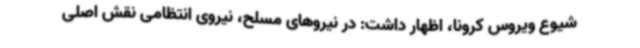
شیوع ویروس کرونا، اظهار داشت: در نیروهای مسلح، نیروی انتظامی نقش اصلی